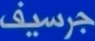
جرسيف